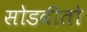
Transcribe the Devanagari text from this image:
सोडवीतो